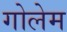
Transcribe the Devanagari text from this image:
गोलेम